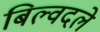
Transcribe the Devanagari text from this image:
बिल्वदले